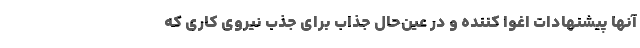
آنها پیشنهادات اغوا کننده و در عین‌حال جذاب برای جذب نیروی کاری که